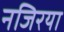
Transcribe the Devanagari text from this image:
नजिरया